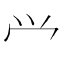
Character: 𰃮